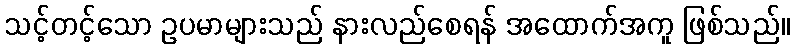
သင့်တင့်သော ဥပမာများသည် နားလည်စေရန် အထောက်အကူ ဖြစ်သည်။